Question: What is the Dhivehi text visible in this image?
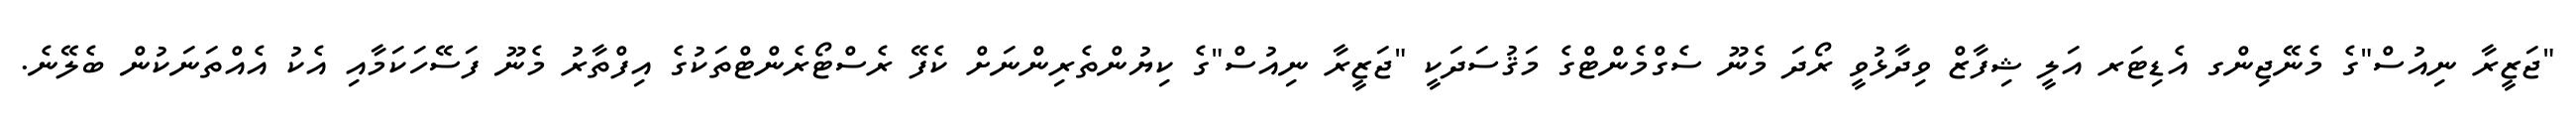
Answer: "ޖަޒީރާ ނިއުސް"ގެ މެނޭޖިންގ އެޑިޓަރ އަލީ ޝިފާޒް ވިދާޅުވީ ރޯދަ މެނޫ ސެގްމެންޓްގެ މަޤުސަދަކީ "ޖަޒީރާ ނިއުސް"ގެ ކިޔުންތެރިންނަށް ކެފޭ ރެސްޓޯރެންޓްތަކުގެ އިފްތާރު މެނޫ ފަސޭހަކަމާއި އެކު އެއްތަނަކުން ބެލޭނެ.